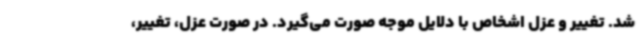
شد. تغییر و عزل اشخاص با دلایل موجه صورت می‌گیرد. در صورت عزل، تغییر،